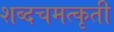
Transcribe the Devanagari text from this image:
शब्दचमत्कृती